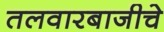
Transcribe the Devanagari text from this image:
तलवारबाजीचे